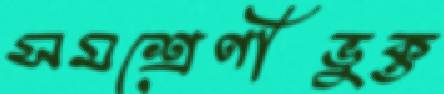
সমশ্রেণীভুক্ত